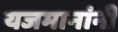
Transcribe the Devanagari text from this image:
यजमानांनी